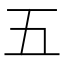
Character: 五